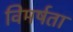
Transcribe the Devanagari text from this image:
विमर्षता